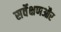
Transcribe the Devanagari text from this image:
सर्वेक्षणऔर